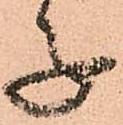
子